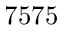
7 5 7 5